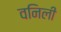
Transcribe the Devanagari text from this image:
वनिली